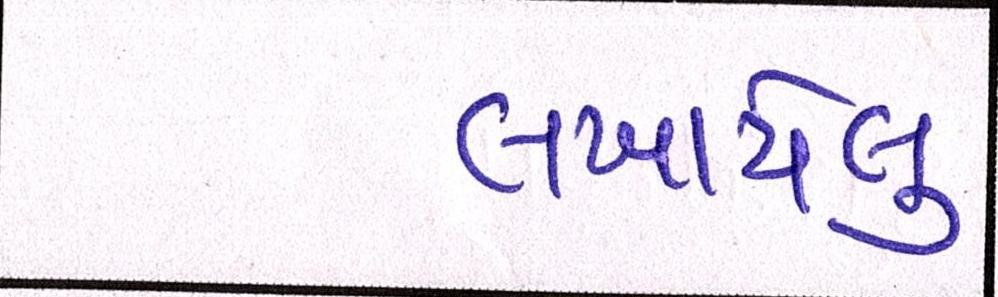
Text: લખાયેલુ